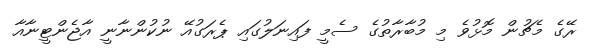
ރޭގެ މެޗުން މޮޅުވެ މި މުބާރާތުގެ ސެމީ ފައިނަލުގައި ޕެރަގުއޭ ނުކުންނާނީ އާޖެންޓީނާއާ